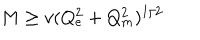
LaTeX: M \ge v ( Q _ { e } ^ { 2 } + Q _ { m } ^ { 2 } ) ^ { 1 / 2 }